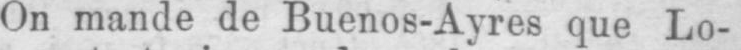
On mande de Buenos-Ayres que Lo-